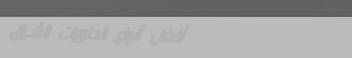
أفضل أنواع الحلويات الشرق